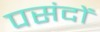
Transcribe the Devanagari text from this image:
पसंदों